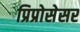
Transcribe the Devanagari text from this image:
प्रिप्रोसेसर